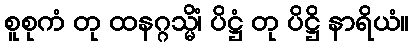
စူစုကံ တု ထနဂ္ဂသ္မိံ၊ ပိဋ္ဌံ တု ပိဋ္ဌိ နာရိယံ။